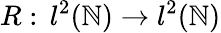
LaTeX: R:\, l^{2}(\mathbb{N})\to l^{2}(\mathbb{N})